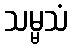
သမ္မသံ